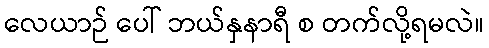
လေယာဉ် ပေါ် ဘယ်နှနာရီ စ တက်လို့ရမလဲ။